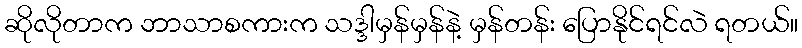
ဆိုလိုတာက ဘာသာစကားက သဒ္ဒါမှန်မှန်နဲ့ မှန်တန်း ပြောနိုင်ရင်လဲ ရတယ်။